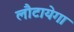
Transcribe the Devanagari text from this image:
लौटायेगा